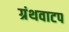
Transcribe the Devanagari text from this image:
ग्रंथवाटप